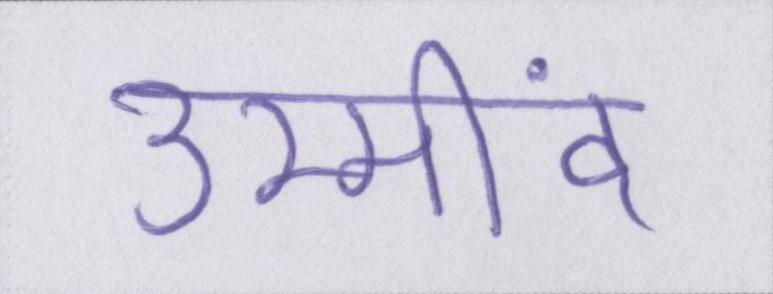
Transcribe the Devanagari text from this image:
उम्मींद